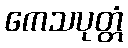
ကေသပုတ္တံ